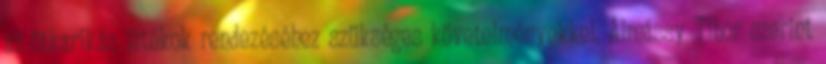
az ötkarikás játékok rendezéséhez szükséges követelményekkel, Almássy Tibor szerint